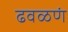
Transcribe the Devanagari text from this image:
ढवळणं